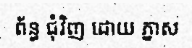
ព័ន្ធ ជុំវិញ ដោយ ភ្នាស